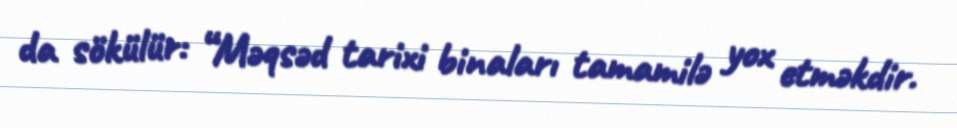
da sökülür: “Məqsəd tarixi binaları tamamilə yox etməkdir.